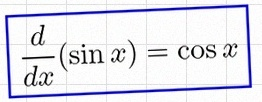
\frac{d}{dx}(\sin x)=\cos x